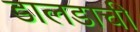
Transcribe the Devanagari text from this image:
डालडाची